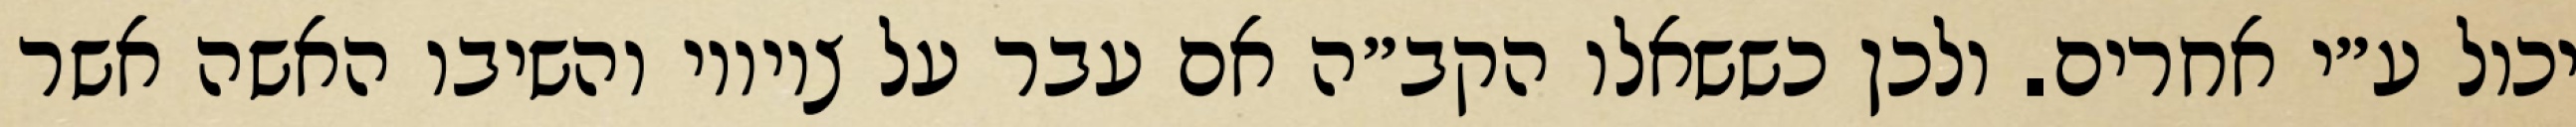
יכול ע״י אחרים. ולכן כששאלו הקב״ה אם עבר על ציוויו והשיבו האשה אשר